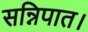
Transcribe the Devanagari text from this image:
सन्निपात।